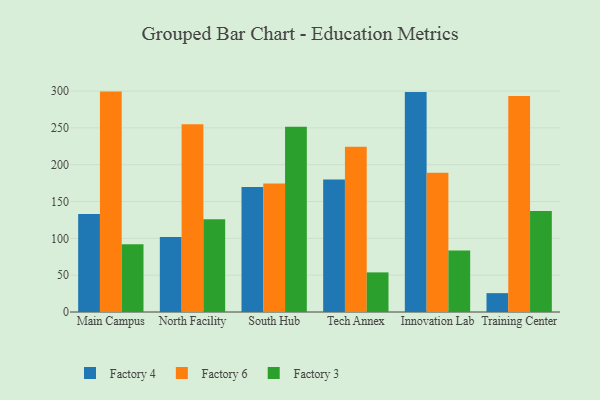
{"axis": {"x": "Campus", "y": "Shipments"}, "legend": ["Factory 3", "Factory 4", "Factory 6"], "data": [{"x": "Main Campus", "y": 133.1, "type": "Factory 4"}, {"x": "Main Campus", "y": 299.3, "type": "Factory 6"}, {"x": "Main Campus", "y": 92.1, "type": "Factory 3"}, {"x": "North Facility", "y": 102.0, "type": "Factory 4"}, {"x": "North Facility", "y": 254.8, "type": "Factory 6"}, {"x": "North Facility", "y": 126.1, "type": "Factory 3"}, {"x": "South Hub", "y": 169.7, "type": "Factory 4"}, {"x": "South Hub", "y": 174.6, "type": "Factory 6"}, {"x": "South Hub", "y": 251.6, "type": "Factory 3"}, {"x": "Tech Annex", "y": 179.9, "type": "Factory 4"}, {"x": "Tech Annex", "y": 224.3, "type": "Factory 6"}, {"x": "Tech Annex", "y": 53.8, "type": "Factory 3"}, {"x": "Innovation Lab", "y": 298.7, "type": "Factory 4"}, {"x": "Innovation Lab", "y": 189.1, "type": "Factory 6"}, {"x": "Innovation Lab", "y": 83.5, "type": "Factory 3"}, {"x": "Training Center", "y": 25.6, "type": "Factory 4"}, {"x": "Training Center", "y": 293.3, "type": "Factory 6"}, {"x": "Training Center", "y": 137.1, "type": "Factory 3"}]}